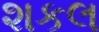
શકલ